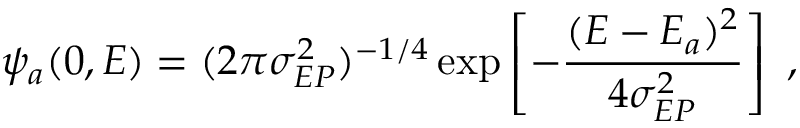
\psi _ { a } ( 0 , E ) = ( 2 \pi \sigma _ { E P } ^ { 2 } ) ^ { - 1 / 4 } \exp \left[ - \frac { ( E - E _ { a } ) ^ { 2 } } { 4 \sigma _ { E P } ^ { 2 } } \right] \ ,